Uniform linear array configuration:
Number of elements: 64
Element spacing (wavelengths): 0.5
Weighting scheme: binomial
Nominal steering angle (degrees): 15
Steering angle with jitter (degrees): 14.125
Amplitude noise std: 0.05
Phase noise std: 0.05

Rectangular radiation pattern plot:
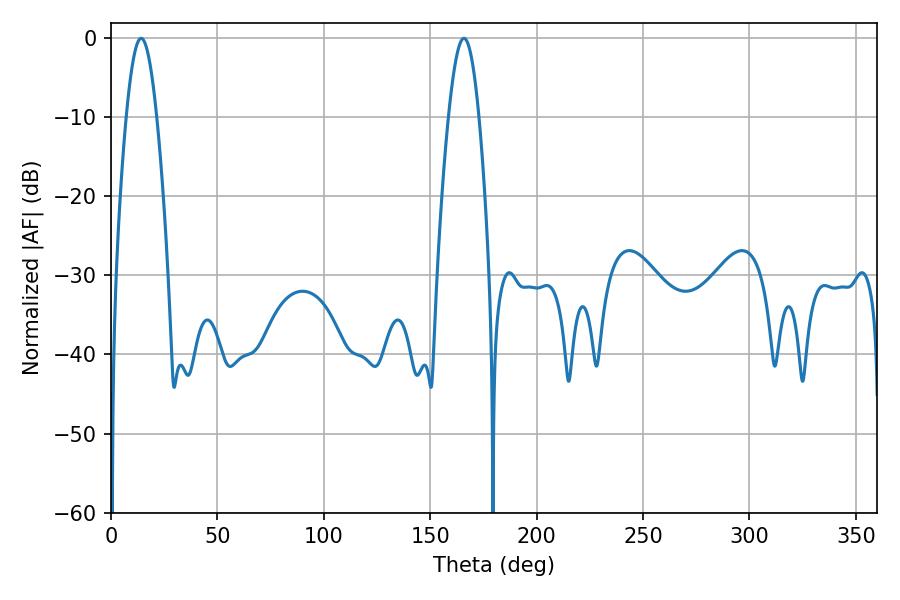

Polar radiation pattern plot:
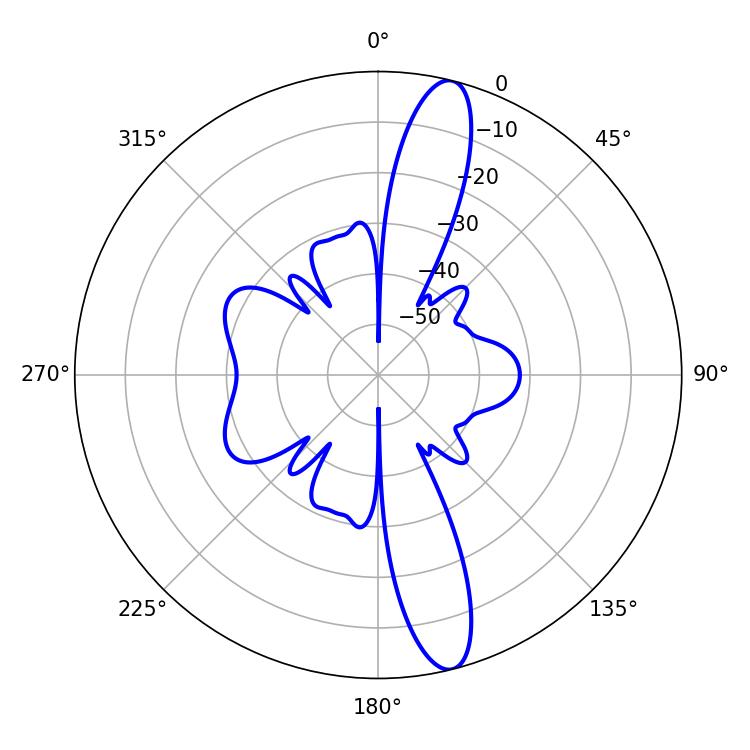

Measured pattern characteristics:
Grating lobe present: FALSE
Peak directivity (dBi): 14.52
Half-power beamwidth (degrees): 7.74
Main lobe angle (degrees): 14.22